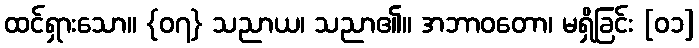
ထင်ရှားသော။ {၀၇} သညာယ၊ သညာ၏။ အဘာဝတော၊ မရှိခြင်း [၀၁]